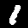
Label: 1